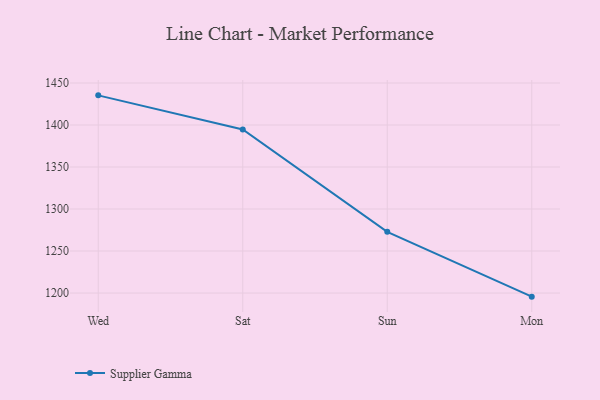
{"axis": {"x": "Day", "y": "Waste Production (Tons)"}, "legend": ["Supplier Gamma"], "data": [{"x": "Wed", "y": 1435.3, "type": "Supplier Gamma"}, {"x": "Sat", "y": 1394.6, "type": "Supplier Gamma"}, {"x": "Sun", "y": 1272.9, "type": "Supplier Gamma"}, {"x": "Mon", "y": 1195.7, "type": "Supplier Gamma"}]}